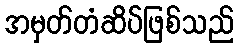
အမှတ်တံဆိပ်ဖြစ်သည်